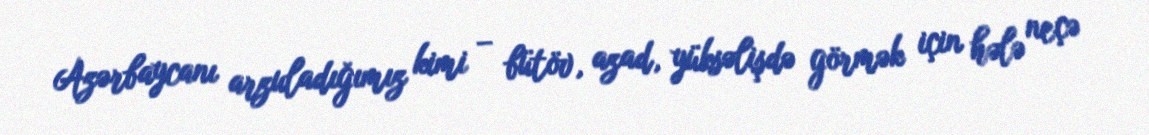
Azərbaycanı arzuladığımız kimi – bütöv, azad, yüksəlişdə görmək için hələ neçə